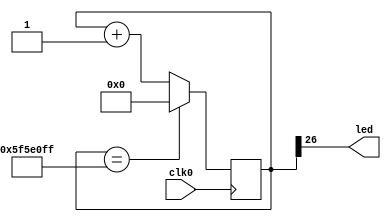
`timescale 1ns / 1ps

module test(
    input   wire    clk0,
    output  wire    led
);
    reg[26:0] c=0;
    assign led = c[26];

    always @( posedge clk0 )begin
        if( c==27'd99999999 )
            c <= 0;
        else 
            c <= c + 1'b1;
    end
endmodule